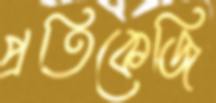
প্রতিকেজি